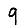
Digit: 9